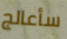
سأعالج